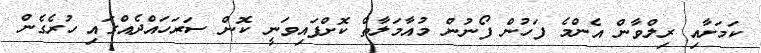
ކަމަށާއި ރިލްވާން އެންމެ ފަހުން ފޯނުން މުއާމަލާތް ކޮށްފައިވަނީ ކޮން ސަރަހައްދެއްގައި ހުރެގެން